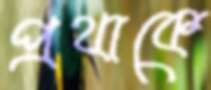
প্রথাকে